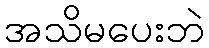
အသိမပေးဘဲ